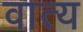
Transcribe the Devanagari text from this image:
वात्य